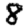
Digit: 8